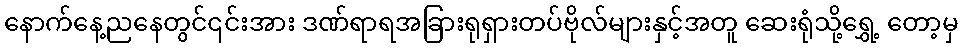
နောက်နေ့ညနေတွင်၎င်းအား ဒဏ်ရာရအခြားရုရှားတပ်ဗိုလ်များနှင့်အတူ ဆေးရုံသို့ရွှေ့ တော့မှ